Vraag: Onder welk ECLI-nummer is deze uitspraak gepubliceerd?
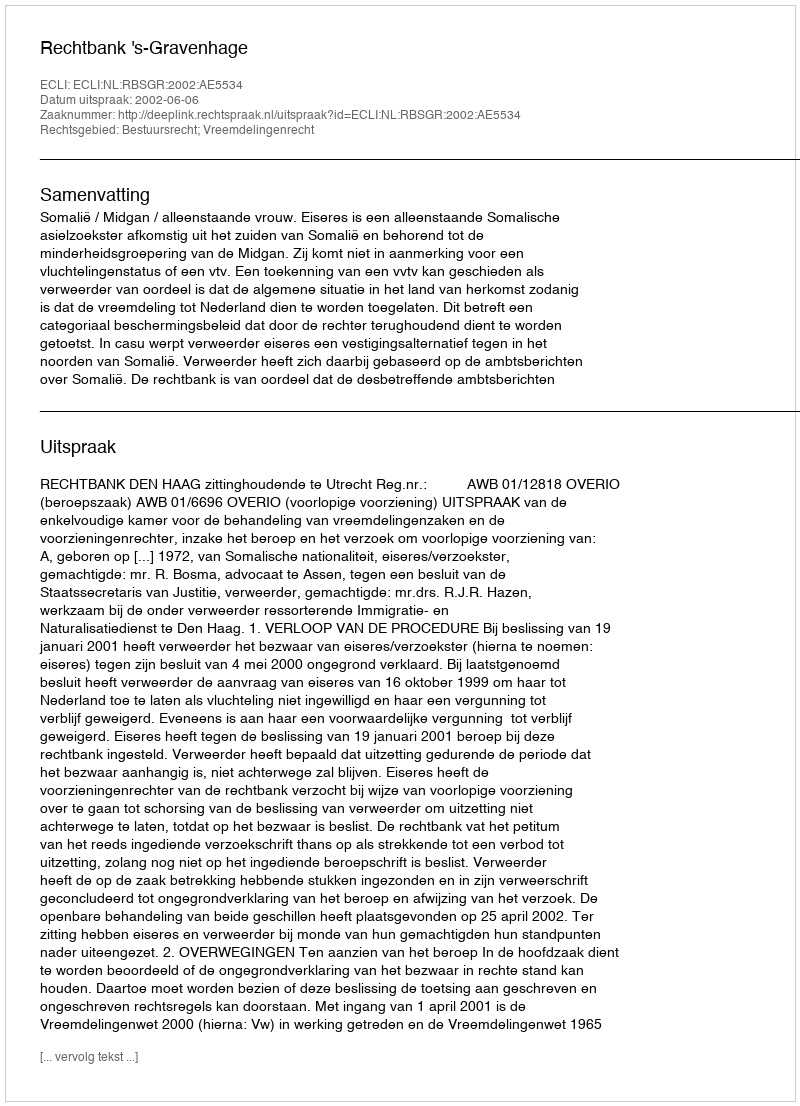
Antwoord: ECLI:NL:RBSGR:2002:AE5534